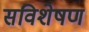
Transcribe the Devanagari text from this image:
सविशेषण